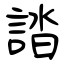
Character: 誻